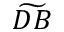
\widetilde { D B }